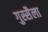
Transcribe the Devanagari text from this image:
गुस्सैला